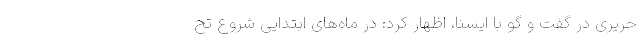
حریری در گفت و گو با ایسنا، اظهار کرد: در ماه‌های ابتدایی شروع تح